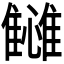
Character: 𬯴